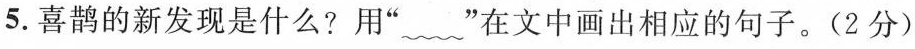
5.喜鹊的新发现是什么?用””在文中画出相应的句子。(2分)